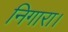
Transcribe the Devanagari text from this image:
निगारा।